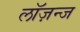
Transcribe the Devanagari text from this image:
लॉज़न्ज